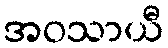
အဝသာယီ